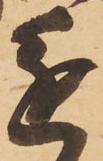
進